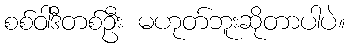
စစ်ဝါဒီတစ်ဦး မဟုတ်ဘူးဆိုတာပါပဲ။